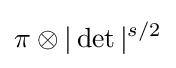
\pi \otimes |\det |^{s/2}